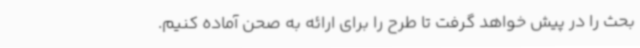
بحث را در پیش خواهد گرفت تا طرح را برای ارائه به صحن آماده کنیم.